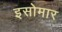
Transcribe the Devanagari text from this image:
इसोमार